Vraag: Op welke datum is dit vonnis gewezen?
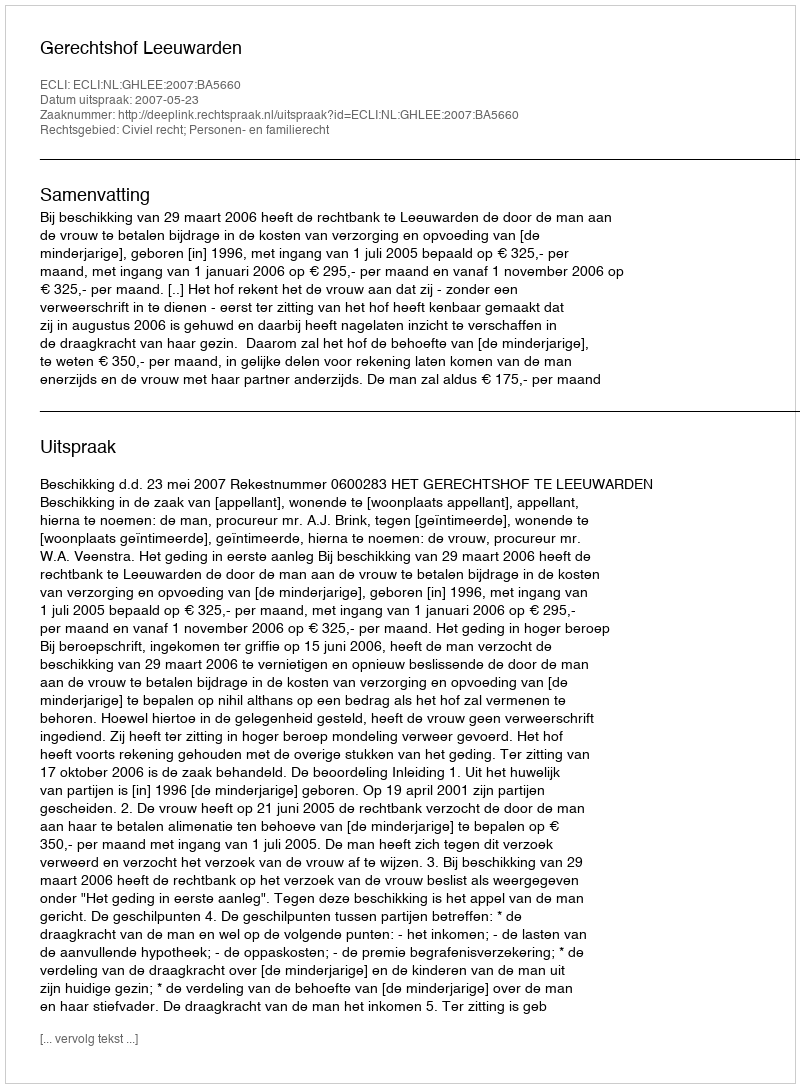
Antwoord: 2007-05-23